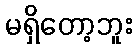
မရှိတော့ဘူး